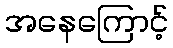
အနေကြောင့်